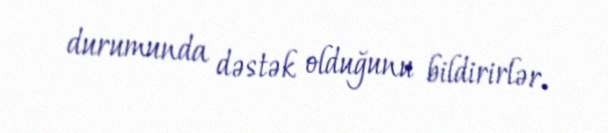
durumunda dəstək olduğunu bildirirlər.